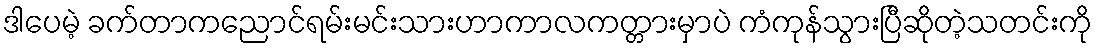
ဒါပေမဲ့ ခက်တာကညောင်ရမ်းမင်းသားဟာကာလကတ္တားမှာပဲ ကံကုန်သွားပြီဆိုတဲ့သတင်းကို